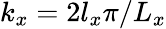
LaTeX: k_{x}=2l_{x}\pi/L_{x}